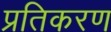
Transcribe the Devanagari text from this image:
प्रतिकरण